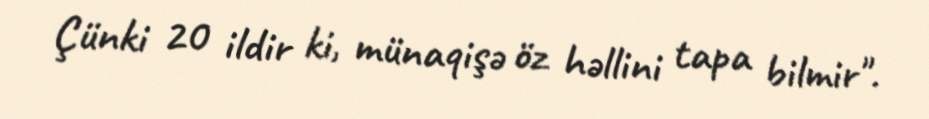
Çünki 20 ildir ki, münaqişə öz həllini tapa bilmir".